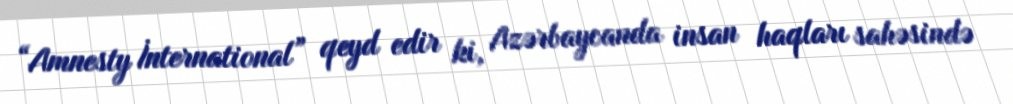
“Amnesty İnternational” qeyd edir ki, Azərbaycanda insan haqları sahəsində